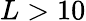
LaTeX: L>10